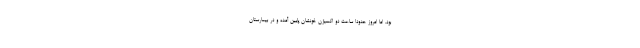
بود. اما امروز حدودا ساعت دو اکسیژن خونشان پایین آمده و در بیمارستان